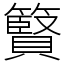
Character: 䉯